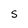
Character: S